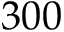
3 0 0